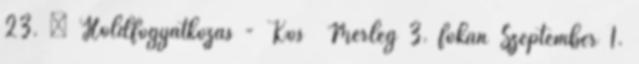
23. – Holdfogyatkozás - Kos Mérleg 3. fokán Szeptember 1.